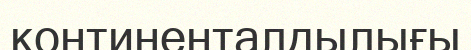
континенталдылығы